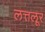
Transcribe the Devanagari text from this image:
लत्तलूर